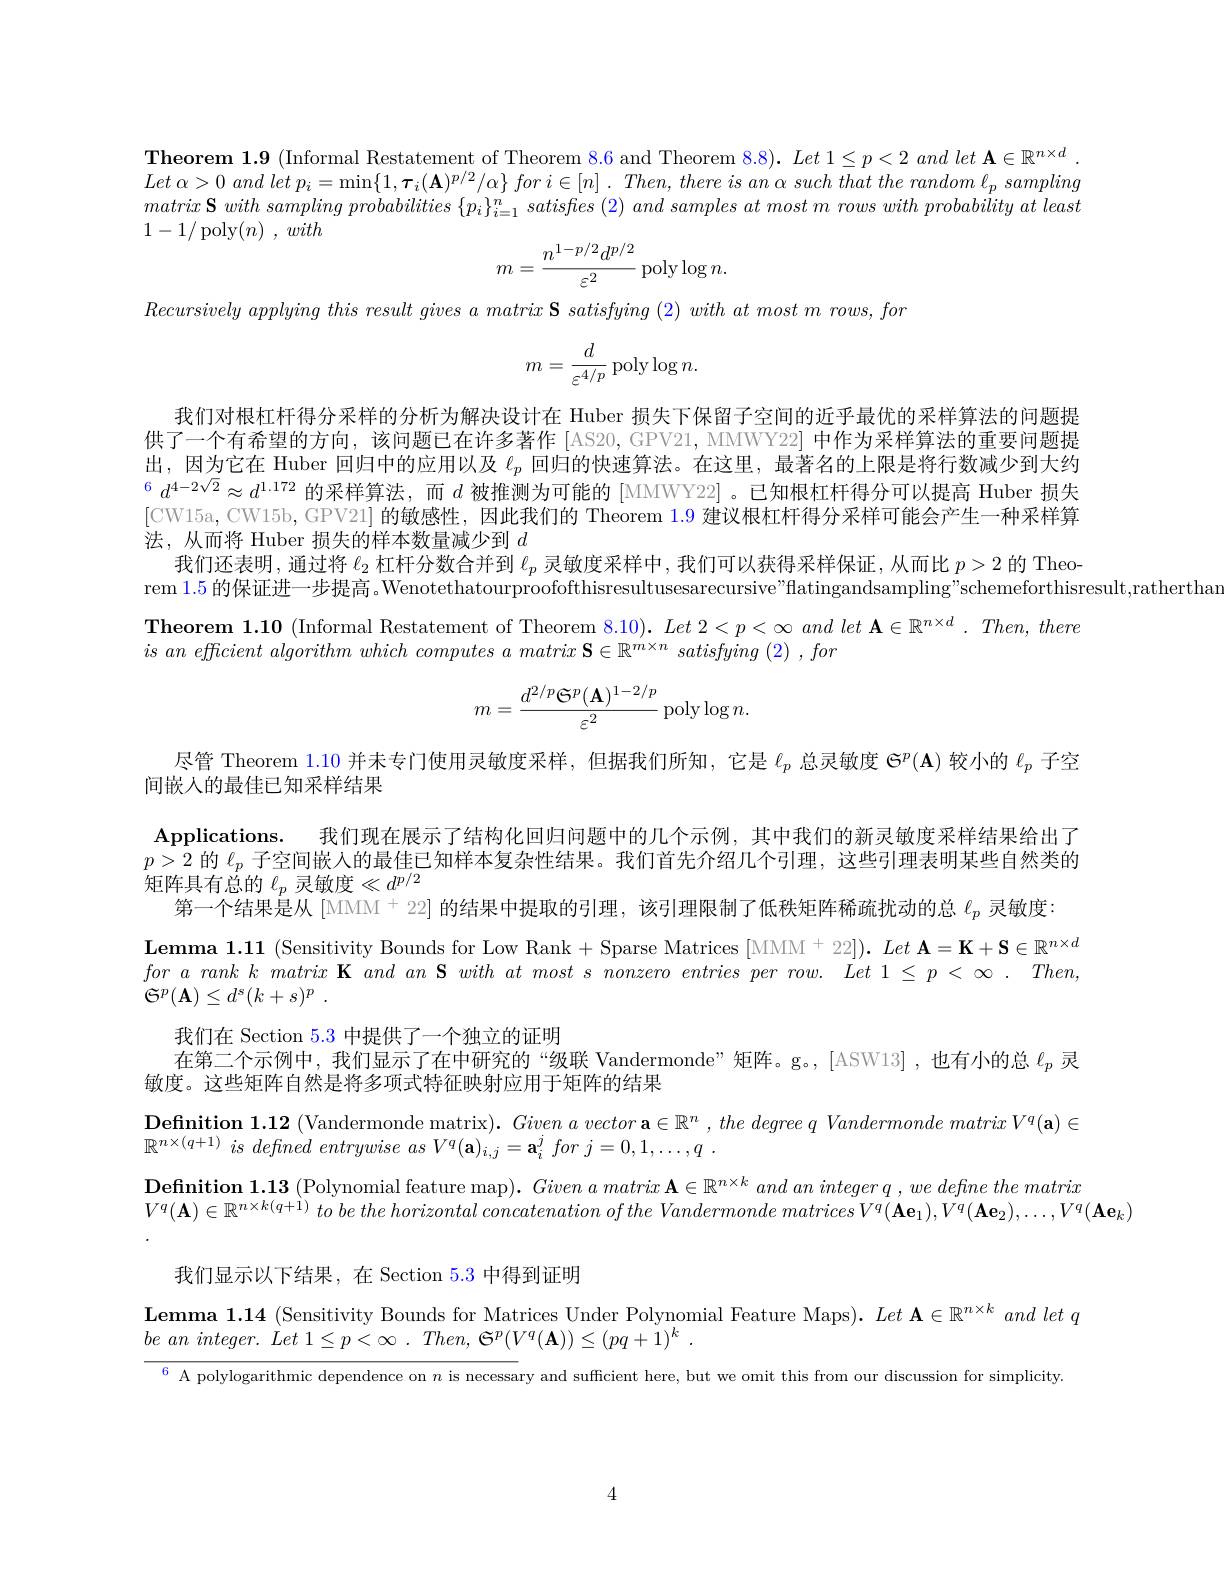
Theorem 1.9 (Informal Restatement of Theorem 8.6 and Theorem 8.8). Let 1$\leq p<2$ and let A$\in\mathbb{R}^n\times d.$ Let $\alpha > 0$ and let $p_{i}= \min \{ 1, \boldsymbol{\tau }_{i}( \mathbf{A} ) ^{p/ 2}/ \alpha \}$ for $i\in [ n]$ . $Then$, there $is$ $an$ $\alpha$ such that the random $\ell _{p}$ sampling $matrix\textbf{ S }with\textit{ sampling probabilities }\{ p_i\} _{i= 1}^n\textit{ satisfies }( 2) \textit{ and samples at most m rows with probability at least}$ 1-1/ poly$( n)$ , with
$$m=\frac{n^{1-p/2}d^{p/2}}{\varepsilon^{2}}\:\mathrm{poly}\log n.$$
$Recursivelyapplyingthis~result~gives~a~matrix~\mathbf{S}~satisfying~(2)~with~at~most~m~rows,~for$
$$m=\frac{d}{\varepsilon^{4/p}}\operatorname{poly}\log n.$$
我们对根杠杆得分采样的分析为解决设计在 Huber 损失下保留子空间的近乎最优的采样算法的问题提供了一个有希望的方向，该问题已在许多著作 [AS20, GPV21, MMWY22] 中作为采样算法的重要问题提出，因为它在 Huber 回归中的应用以及$\ell_p$回归的快速算法。在这里，最著名的上限是将行数减少到大约$^6d^{4-2\sqrt{2}}\approx d^{1.172}$ 的采样算法，而$d$ 被推测为可能的[MMWY22]。已知根杠杆得分可以提高 Huber 损失[CW15a,CW15b,GPV21] 的敏感性，因此我们的 Theorem 1.9 建议根杠杆得分采样可能会产生一种采样算法，从而将 Huber 损失的样本数量减少到$d$
我们还表明，通过将$\ell_2$杠杆分数合并到$\ell_p$灵敏度采样中，我们可以获得采样保证，从而比$p>2$的 Theo-
rem 1.5的保证进一步提高。Wenotethatourproofofthisresultusesarecursive"flatingandsampling"schemeforthisresult,ratherthan
Theorem 1.10 (Informal Restatement of Theorem 8.10). $Let2<p<\infty$ and $let\textbf{ A}\in \mathbb{R} ^n\times d. Then, there$
$isan\textit{ efficient algorithm which computes a matrix S}\in \mathbb{R} ^{m\times n}\textit{ satisfying ( 2) , for}$
$$m=\frac{d^{2/p}\mathfrak{S}^p(\mathbf{A})^{1-2/p}}{\varepsilon^2}\:\mathrm{poly}\log n.$$
尽管 Theorem $\color{red}1.10$并未专门使用灵敏度采样，但据我们所知 ,它是$\ell_p$总灵敏度$\mathfrak{G}^p(\mathbf{A})$较小的$\ell_p$子空
间嵌人的最佳已知采样结果
Applications. 我们现在展示了结构化回归问题中的几个示例，其中我们的新灵敏度采样结果给出了$p>2$的$\ell_p$子空间嵌入的最佳已知样本复杂性结果。我们首先介绍几个引理，这些引理表明某些自然类的$\bar{\text{矩阵具有总的 }\ell_p}$ 灵敏度$\ll d^p/2$
第一个结果是从[MMM^+22] 的结果中提取的引理，该引理限制了低秩矩阵稀疏扰动的总 $\ell_p 灵敏度：$
$\begin{array}{l}{\mathbf{Lemma}\mathbf{1.11}}&{(\mathrm{Sensitivity~Bounds~for~Low~Rank}+\mathrm{Sparse~Matrices~[MMM^{+}22])}.~Let~\mathbf{A}=\mathbf{K}+\mathbf{S}\in\mathbb{R}^{n\times d}}\\{for\:a\:rank\:k\:matrix\:\mathbf{K}\:and\:an\:\mathbf{S}\:with\:at\:most\:s\:nonzero\:entries\:per\:row.~Let\:1\leq p\:<\infty\:.~Then,~Then,~Then,~Then,~Then,~Then,~Then,~Then,~}\end{array}$
${\mathfrak{G} }^{p}( \mathbf{A} ) \leq d^{s}( k+ s) ^{p}$ .
我们在 Section 5.3 中提供了一个独立的证明
在第二个示例中，我们显示了在中研究的“级联 Vandermonde”矩阵。g。,[ASW13],也有小的总$\ell_p$灵
敏度。这些矩阵自然是将多项式特征映射应用于矩阵的结果
$\textbf{Definition 1. 12 }($Vandermonde matrix$) . \textit{ Given a vector a}\in \mathbb{R} ^n, \textit{the degree q Vandermonde matrix V}^q( \mathbf{a} ) \in$
$\mathbb{R} ^{n\times ( q+ 1) }\textit{ is defined entrywise as V}^{q}( \mathbf{a} ) _{i, j}^{^{\prime }}= \mathbf{a} _{i}^{j}$ for $j= 0, 1, \ldots , q$ .
$\textbf{Definition 1. 13 ( Polynomial feature map) .  }Given\textit{ a matrix A}\in \mathbb{R} ^{n\times k}and$ an $integerq, we\textit{ define the matrix}$
$V^q( \mathbf{A} ) \in \mathbb{R} ^{n\times k( q+ \grave{1} ) }\textit{ to be the horizontal concatenation of the Vandermonde matrices V}^q( \mathbf{A} \mathbf{e} _1) , V^q( \mathbf{A} \mathbf{e} _2) , \ldots , V^q( \mathbf{A} \mathbf{e} _k)$

我们显示以下结果，在 Section 5.3中得到证明

Lemma 1.14 (Sensitivity Bounds for Matrices Under Polynomial Feature Maps). $Let\mathbf{~A}\in\mathbb{R}^{n\times k}$ and letq
$be$ $an$ $integer.$ $\dot{L} et$ $1\leq p< \infty$ . $Then$, $\tilde{\Theta } ^{p}( V^{q}( \mathbf{A} ) ) \leq ( pq+ \dot{1} ) ^{k}$ .

$^{6}$ A polylogarithmic dependence on $n$ is necessary and sufficient here, but we omit this from our discussion for simplicity